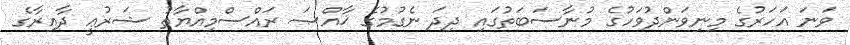
ވަނަ އަހަރުގެ މިނިވަންދުވަހުގެ މުނާސަބަތުގައި ދިދަ ނެގުމުގެ ޚާއްޞަ ރައްސްމިއްޔާތު ޝަރުޢީ ދާއިރާގެ